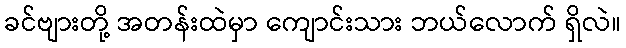
ခင်ဗျားတို့ အတန်းထဲမှာ ကျောင်းသား ဘယ်လောက် ရှိလဲ။